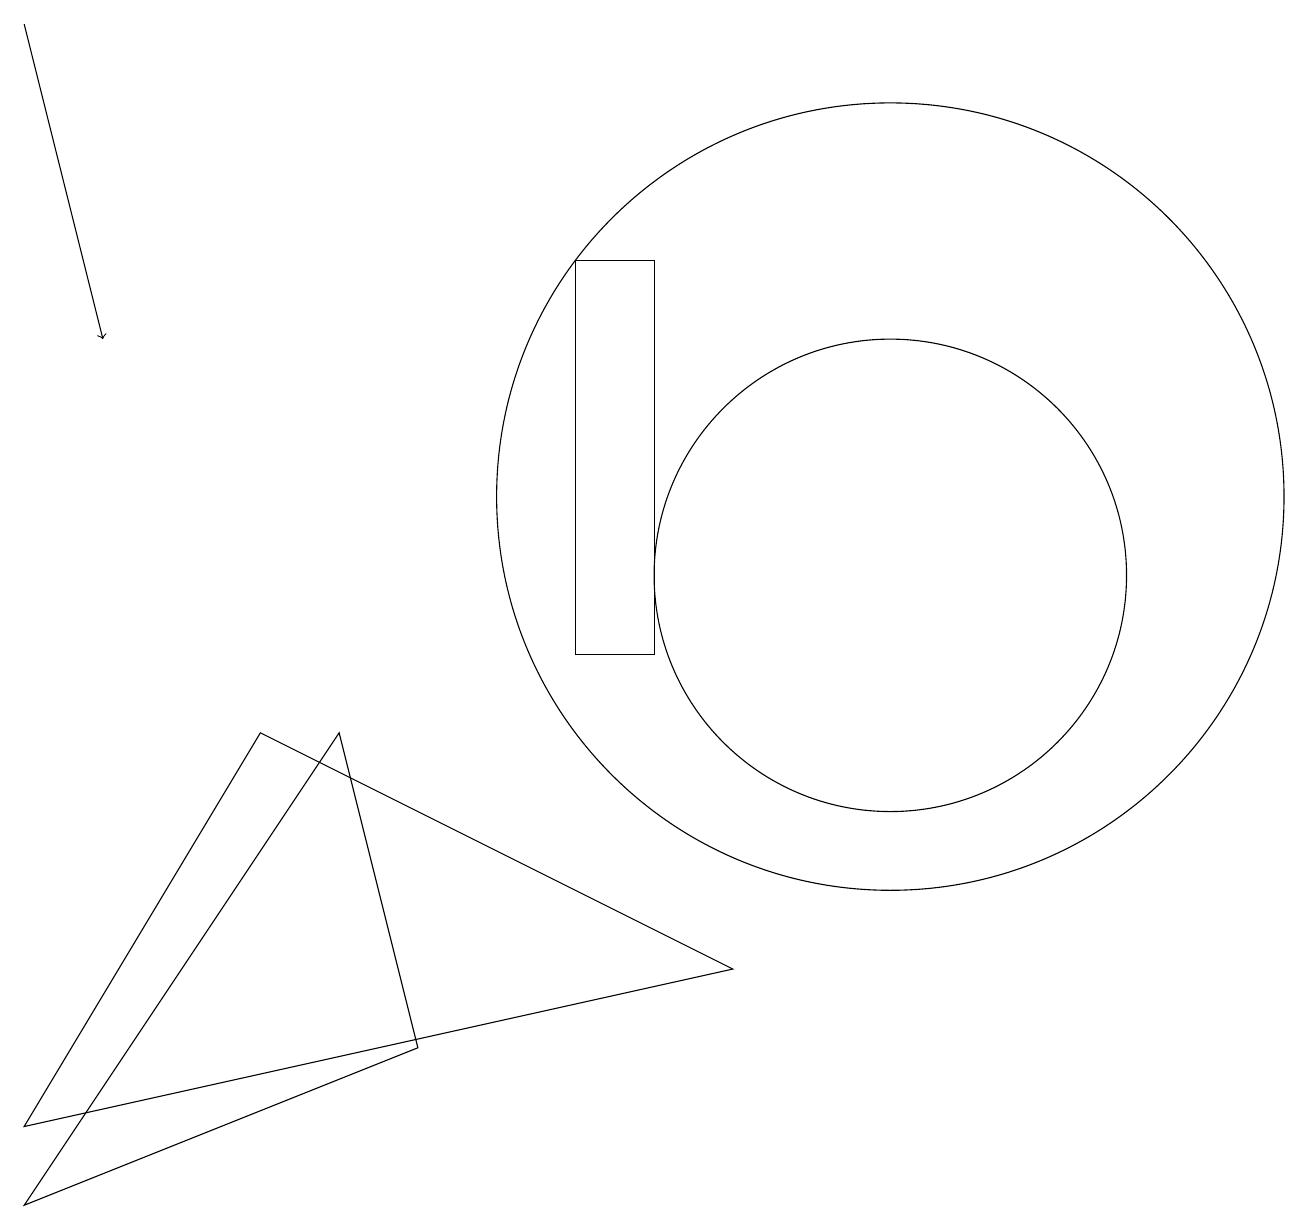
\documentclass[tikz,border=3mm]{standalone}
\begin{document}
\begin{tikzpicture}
\draw (11,12) circle (5);
\draw (11,11) circle (3);
\draw (7,15) rectangle (8,10);
\draw (3,9) -- (9,6) -- (0,4) -- cycle;
\draw (0,3) -- (4,9) -- (5,5) -- cycle;
\draw[->] (0,18) -- (1,14);
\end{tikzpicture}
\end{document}